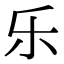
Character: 乐